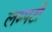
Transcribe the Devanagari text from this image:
लम्पटों